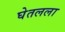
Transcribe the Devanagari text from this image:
घेतलला